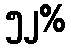
၅၂%